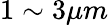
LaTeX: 1\sim 3\mu m